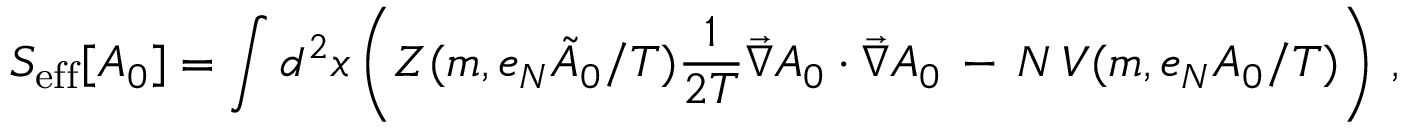
S _ { \mathrm { e f f } } [ A _ { 0 } ] = \int d ^ { 2 } x \left( Z ( m , e _ { N } { \tilde { A } } _ { 0 } / { { T } } ) \frac { 1 } { 2 T } \vec { \nabla } A _ { 0 } \cdot \vec { \nabla } A _ { 0 } \, - \, N \, V ( m , e _ { N } A _ { 0 } / { T } ) \right) \, ,